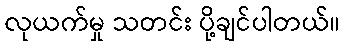
လုယက်မှု သတင်း ပို့ချင်ပါတယ်။